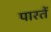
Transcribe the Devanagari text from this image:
पारतें